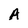
Character: A